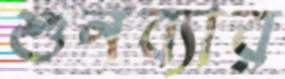
শুনব্যার